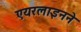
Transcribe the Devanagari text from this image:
एयरलाइनने